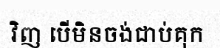
វិញ បើមិនចង់ជាប់គុក